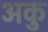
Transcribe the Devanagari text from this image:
अकु